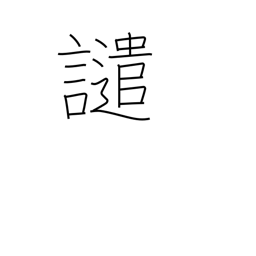
Meaning: reproach